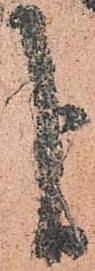
よ